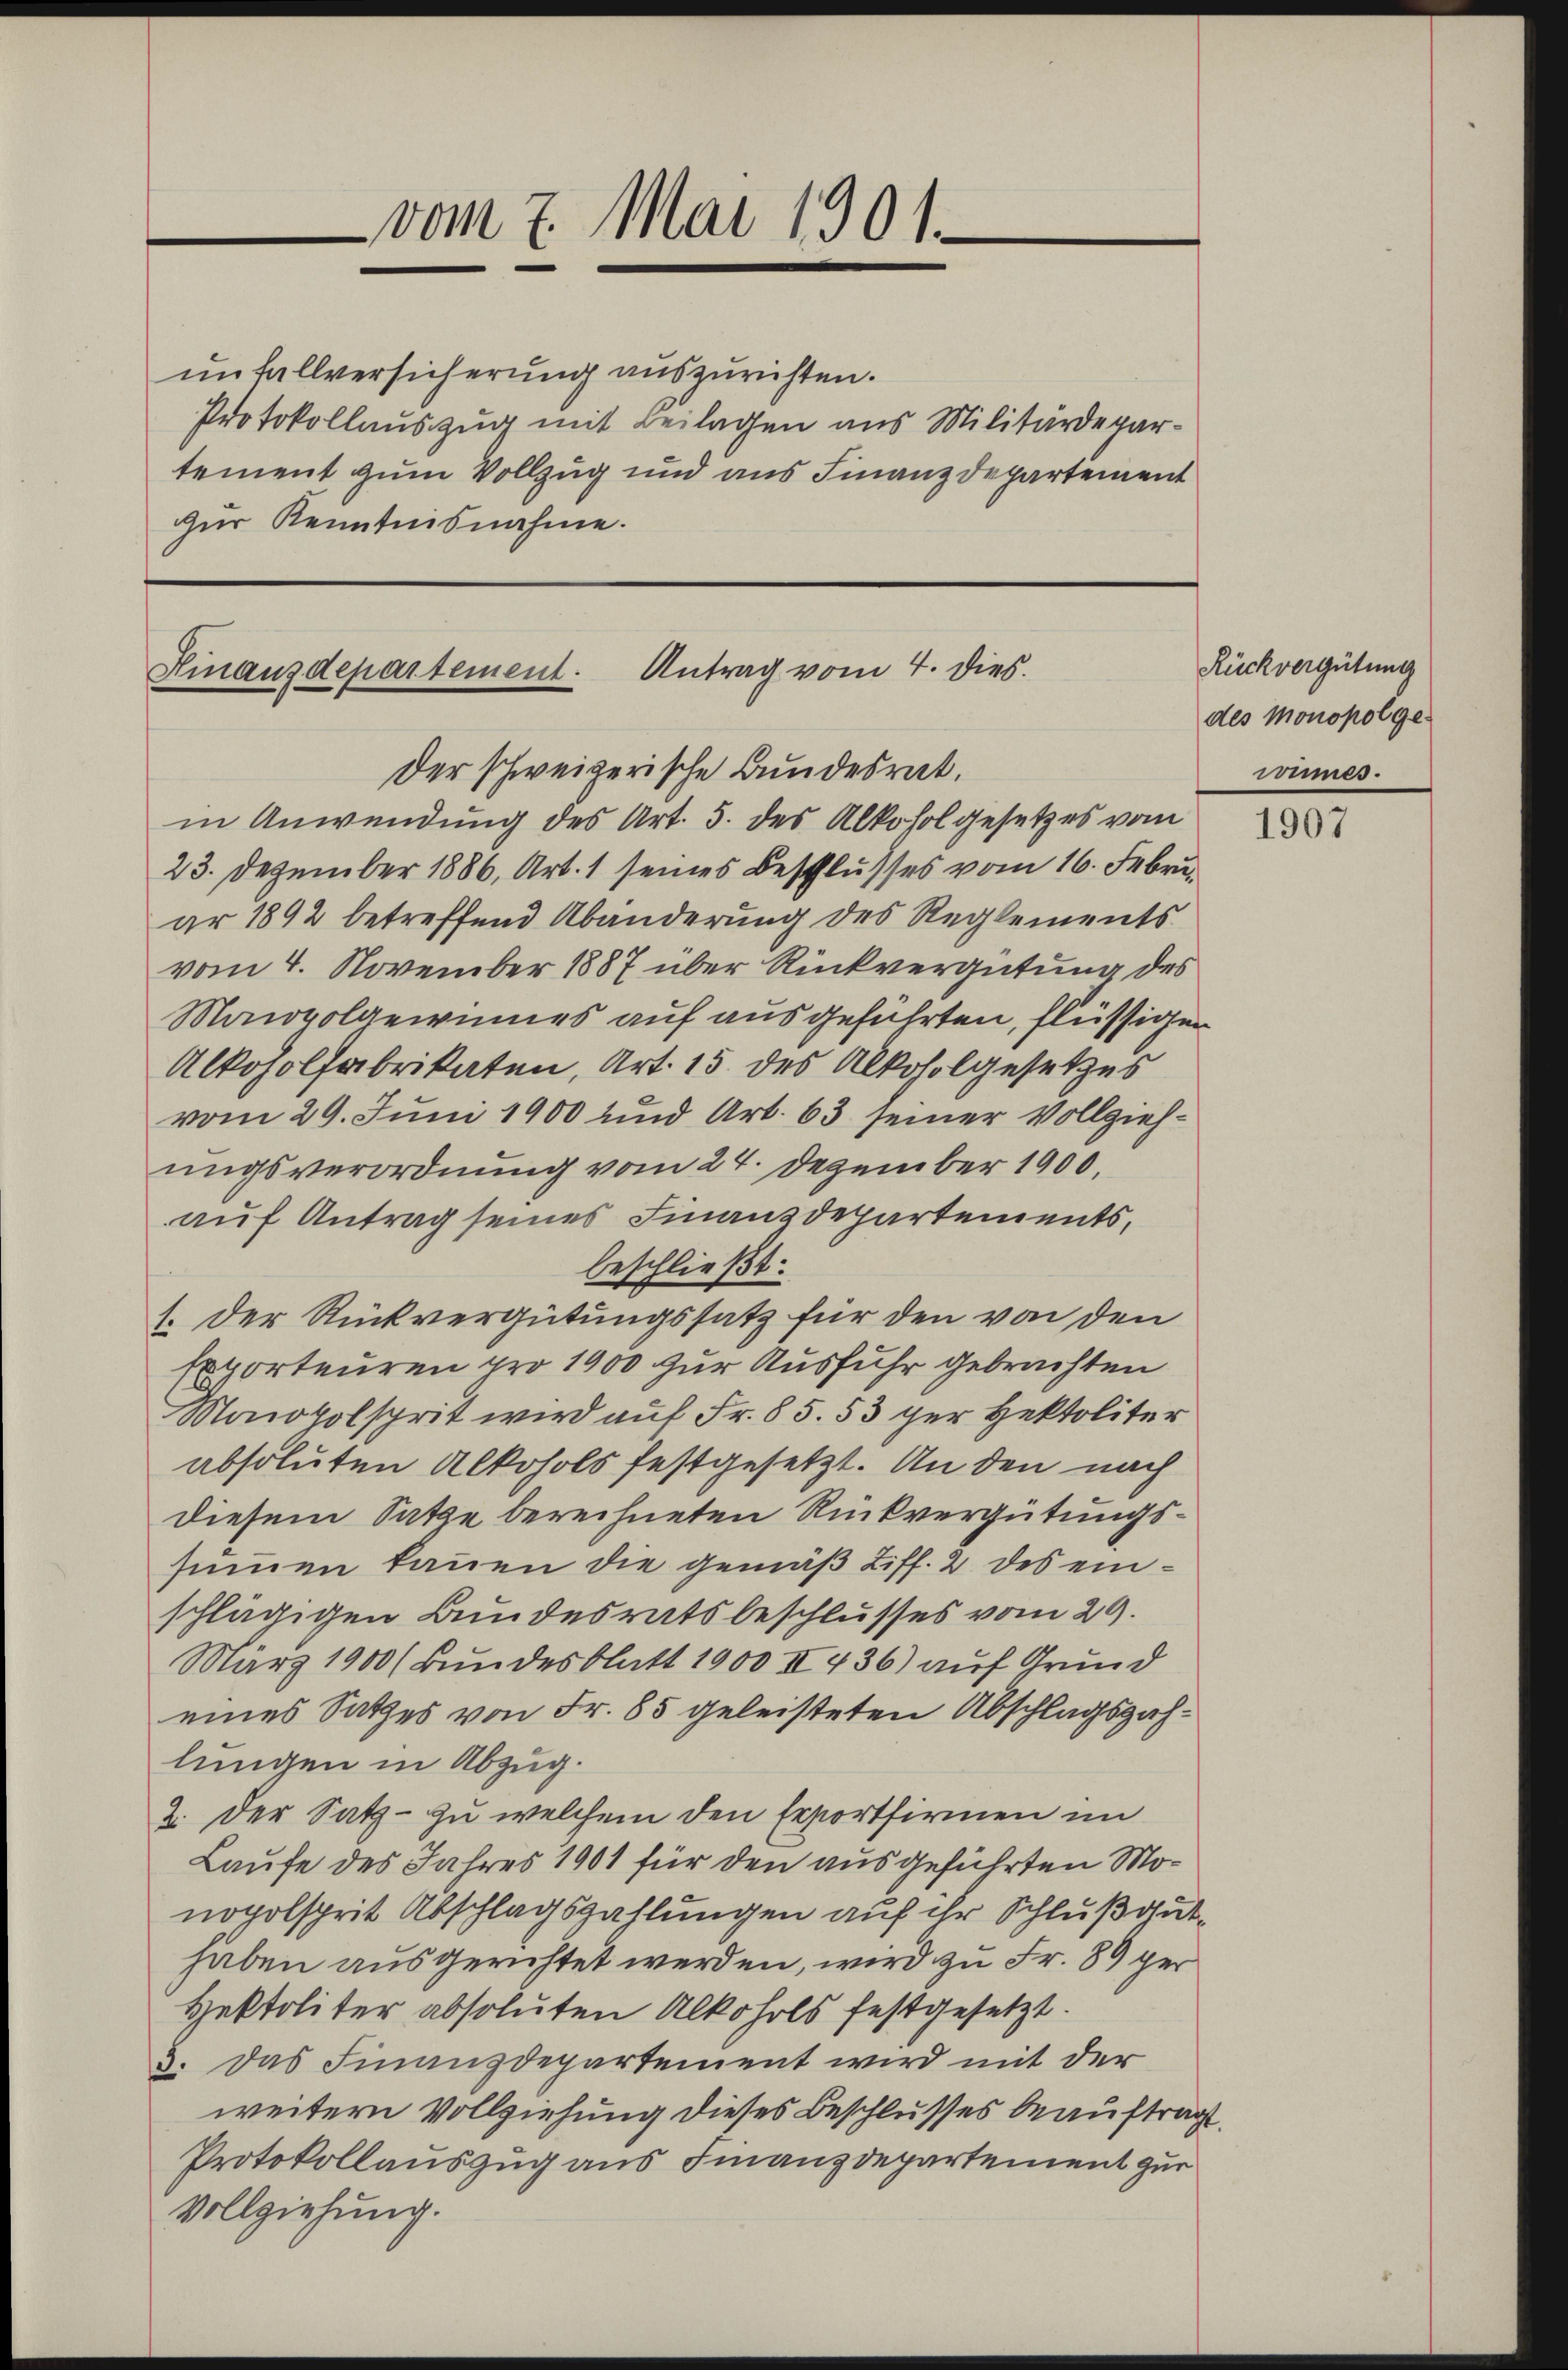
vom 7. Mai 1901.

unfallversicherung auszurichten.
Protokollauszug mit Beilagen aus Militärdepartement zum Vollzug und aus Finanzdepartement
zŭr Kenntnisnahme.

Hinanzdepartement. Antrag vom 4. dies.
Der schweizerische Bundesrat.

in Anwendung des Art. 5. des Alkohol gesetzes vom
23. Dezember 1886, Art. 1 seines Beschlusses vom 16. Febru
ar 1892 betreffend Abänderung des Reglements
vom 4. November 1887 über Rückvergütung des
Maiovolgewinnes auf ausgeführten, flüssigen
Alkoholfabrikaten, Art. 15 des Alkoholgesetzes
vom 29. Juni 1900 und Art. 63 seiner Vollziehungsverordnung vom 24. Dezember 1900.
auf Antrag seines Finanzdepartements,
beschließt:
1. Der Rückvergütungssatz für den von den
Exporteuren pro 1900 zur Ausfuhr gebrachten
Maioholsprit wird auf Fr. 85. 53 per Hektoliter
absoluten Alkohols festgesetzt. An den nach
diesem Satze berechneten Rückvergütungssummen kannen die gemäß Ziff. 2 des einschlägigen Bundesratsbeschlusses vom 29.
März 1900 (Bundesblatt 1900 II 436) auf Grund
eines Satzes von Fr. 85 geleisteten Abschlagszahlungen in Abzug.
2. Der Satz - zu welchem den Erfortfirmen im
Laufe des Jahres 1901 für den ausgeführten Monopolsprit Abschlagszahlungen auf ihr Schluß guthaben ausgerichtet werden, wird zu Fr. 89 ger
Hektoliter absoluten Alkohols festgesetzt.
3. Das Finanzdepartement wird mit der
weitern Vollziehung dieses Beschlusses beauftrag
Protokollauszug aus Finanzdepartement zur
Vollziehung.

Rückvergütung
des Monopol ge-
winnes.

1907